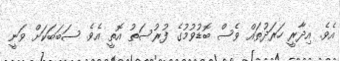
އެވެ. އިދާރީ ހަރަދުތައް ވެސް ބޮޑުވުމުގެ ފުރުސަތު އޮތީ އެވެ. ސަބަބަކަށް ވަނީ